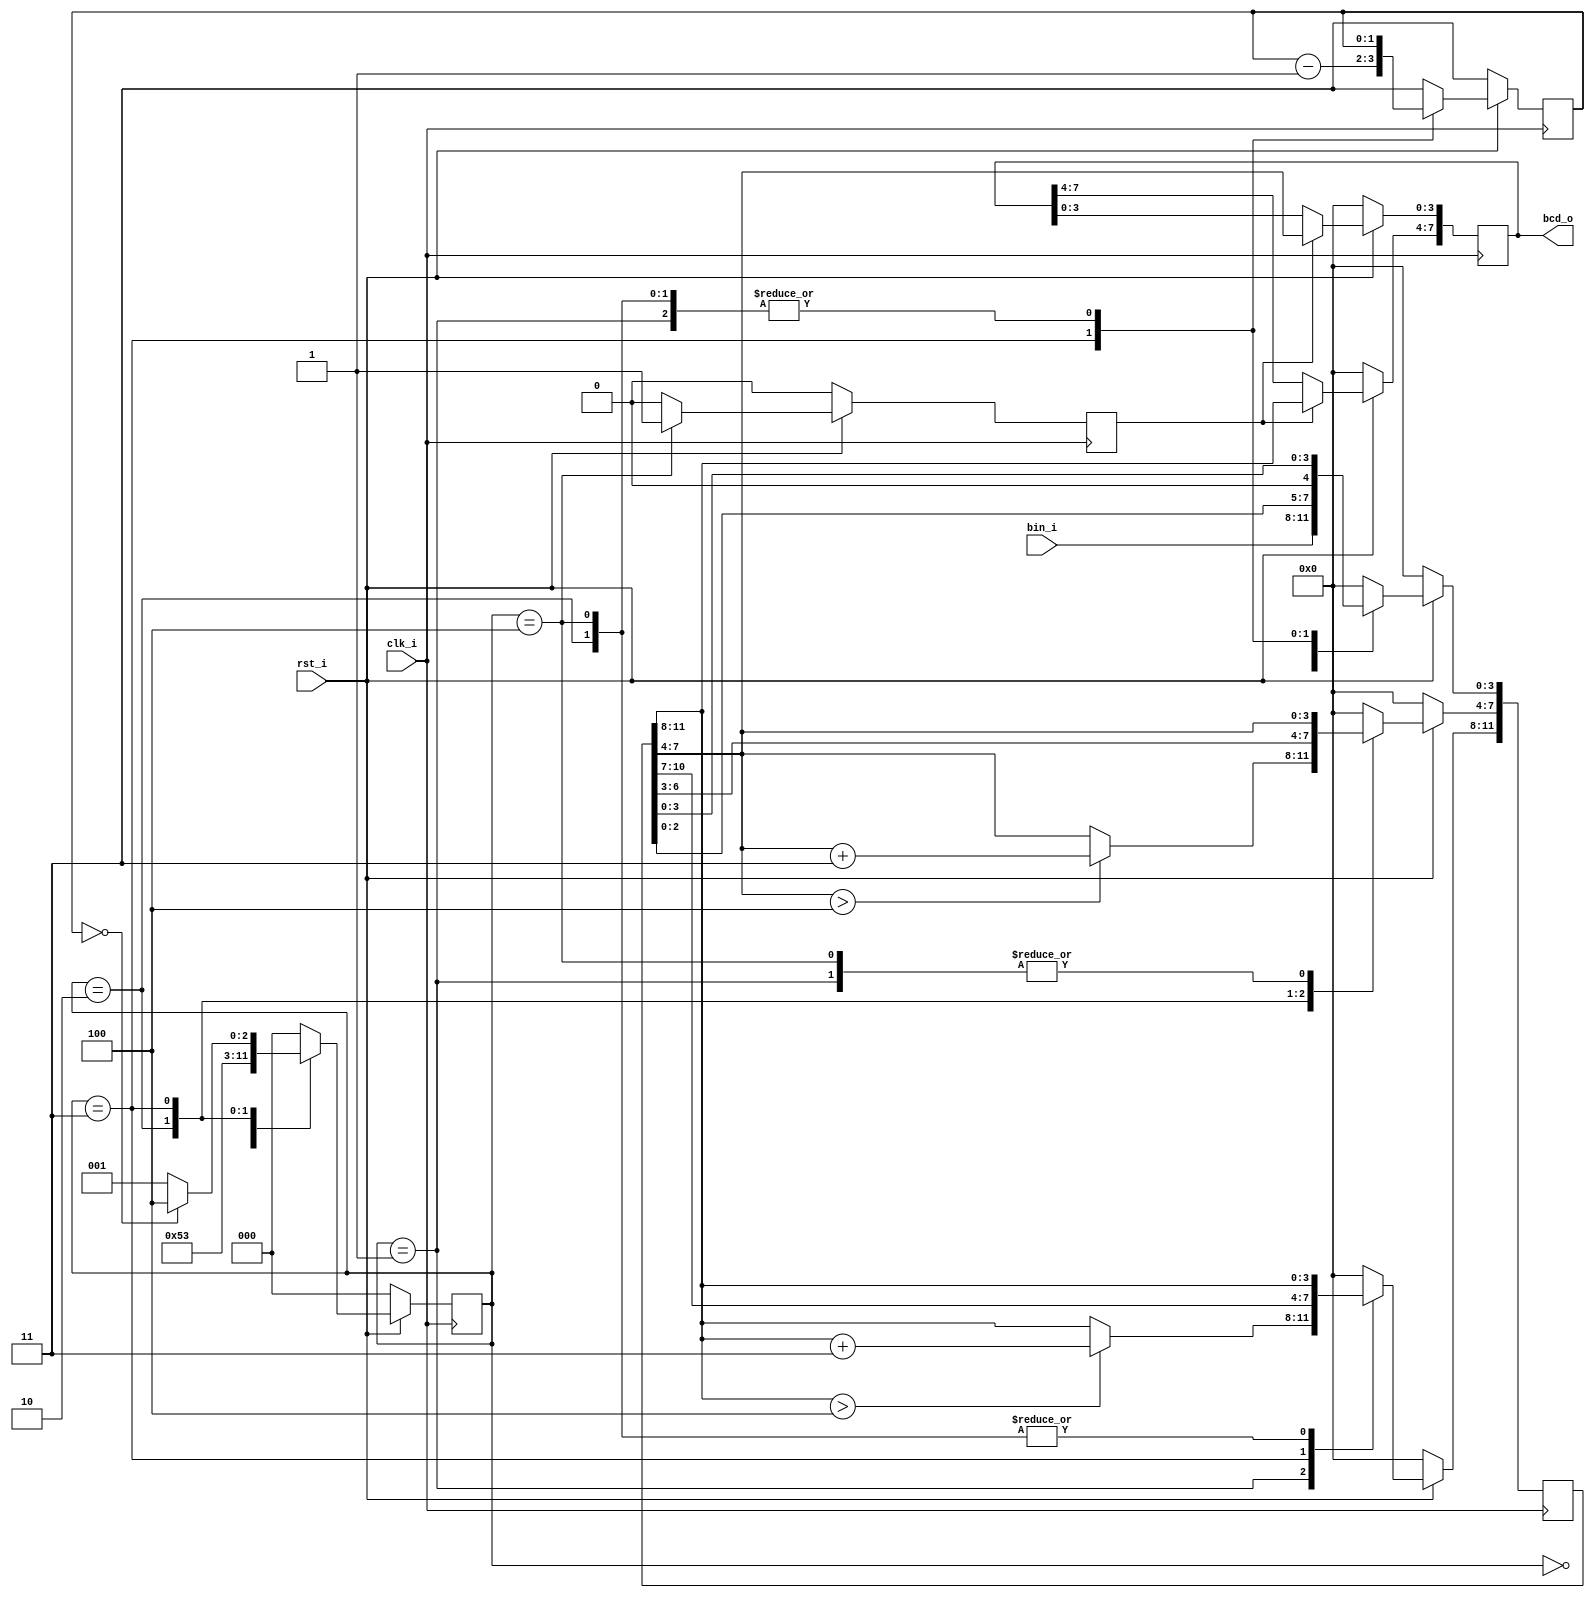
module module_bin_to_bcd # (

    parameter WIDTH = 4

)(

    input clk_i,
    input rst_i,

    input [WIDTH - 1 : 0] bin_i,

    output reg [7 : 0] bcd_o
);
    
    //Internal signals

    reg [11 : 0] double_dabble_r;
    reg [1 : 0]  shift_count;
    reg          ready;


    //FSM  double-dabble algoritm
    reg [2 : 0] state;

    localparam IDLE          = 0;
    localparam SUMA_DECENAS  = 1;
    localparam SUMA_UNIDADES = 2;
    localparam SHIFT         = 3;
    localparam FIN           = 4;

    always @ (posedge clk_i) begin

        if (!rst_i) begin
            
            state           <= IDLE;
            double_dabble_r <= 0;
            shift_count     <= 3;
            ready           <= 0;
        end

        else begin

            case (state)

                IDLE: begin

                    double_dabble_r [3 : 0]  <= bin_i;
                    double_dabble_r [11 : 4] <= 0;
                    shift_count              <= 3;
                    ready                    <= 0;
                    state                    <= SUMA_DECENAS;
                    
                end

                SUMA_DECENAS: begin

                    if (double_dabble_r [11 : 8] > 4) begin

                        double_dabble_r [11 : 8] <= double_dabble_r [11 : 8] + 3;
                        double_dabble_r [7 : 0]  <= double_dabble_r [7 : 0];
                        shift_count              <= shift_count;
                        ready                    <= 0;
                        state                    <= SUMA_UNIDADES;
                    end

                    else begin

                        double_dabble_r   <= double_dabble_r;
                        shift_count       <= shift_count;
                        ready             <= 0;
                        state             <= SUMA_UNIDADES;
                    end
                    
                end

                SUMA_UNIDADES: begin

                    if (double_dabble_r [7 : 4] > 4) begin

                        double_dabble_r [7 : 4]  <= double_dabble_r [7 : 4] + 3;
                        double_dabble_r [3 : 0]  <= double_dabble_r [3 : 0];
                        double_dabble_r [11 : 8] <= double_dabble_r [11 : 8];
                        shift_count              <= shift_count;
                        ready                    <= 0;
                        state                    <= SHIFT;
                    end

                    else begin

                        double_dabble_r   <= double_dabble_r;
                        shift_count       <= shift_count;
                        ready             <= 0;
                        state             <= SHIFT;
                    end
                    
                end

                SHIFT: begin

                    if (shift_count == 0) begin

                        double_dabble_r  <= double_dabble_r << 1;
                        shift_count      <= shift_count - 1;
                        ready            <= 0;
                        state            <= FIN;
                    end

                    else begin

                        double_dabble_r  <= double_dabble_r << 1;
                        shift_count      <= shift_count - 1;
                        ready            <= 0;
                        state            <= SUMA_DECENAS;
                    end
                    
                end

                FIN: begin

                    double_dabble_r  <= double_dabble_r;
                    shift_count      <= shift_count;
                    ready            <= 1;
                    state            <= IDLE;  
                end

                default: begin
                    
                    state           <= IDLE;
                    double_dabble_r <= 0;
                    shift_count     <= 3;
                    ready           <= 0;
                end

            endcase
        end
    end
    
    always @ (posedge clk_i) begin

        if (!rst_i) begin
            
            bcd_o <= 0;
        end

        else begin
            
            if(ready) begin

                bcd_o [3 : 0] <= double_dabble_r [7 : 4];
                bcd_o [7 : 4] <= double_dabble_r [11 : 8];
            end

            else begin
                
                bcd_o <= bcd_o;
            end
        end   
    end
endmodule